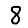
Digit: 8